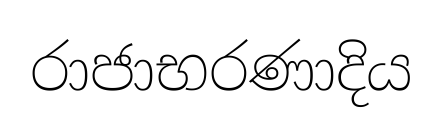
රාජාභරණාදිය